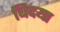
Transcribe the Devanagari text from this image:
बिदया